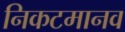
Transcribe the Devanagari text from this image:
निकटमानव